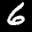
Label: 6